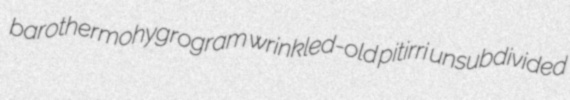
barothermohygrogram wrinkled-old pitirri unsubdivided